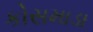
કોસમાડા